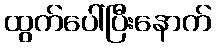
ထွက်ပေါ်ပြီးနောက်